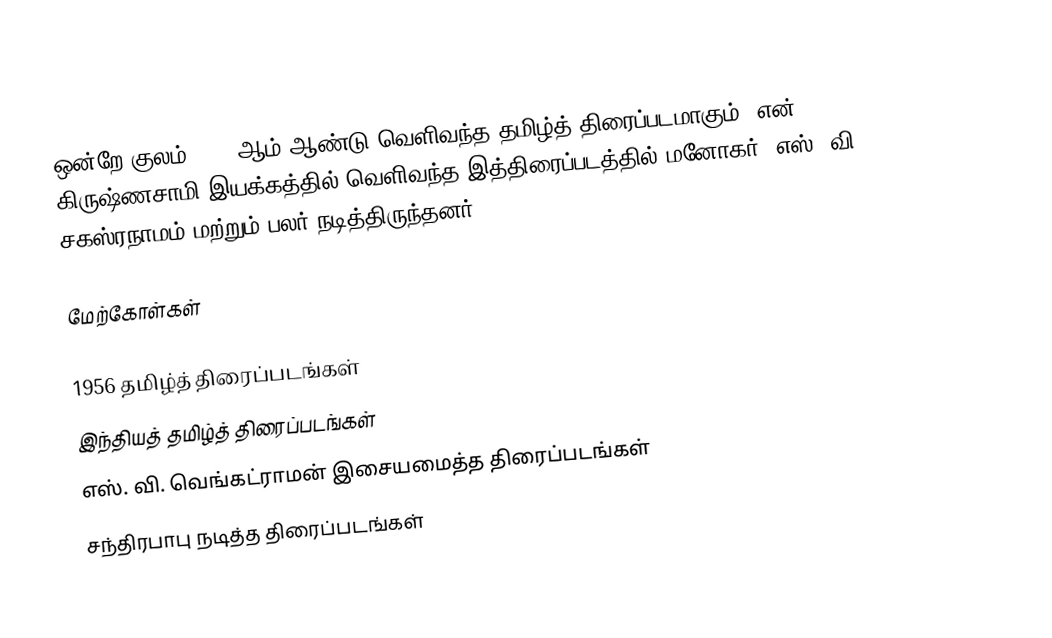
ஒன்றே குலம் 1956 ஆம் ஆண்டு வெளிவந்த தமிழ்த் திரைப்படமாகும். என். கிருஷ்ணசாமி இயக்கத்தில் வெளிவந்த இத்திரைப்படத்தில் மனோகர், எஸ். வி. சகஸ்ரநாமம் மற்றும் பலர் நடித்திருந்தனர்.

மேற்கோள்கள்

1956 தமிழ்த் திரைப்படங்கள்
இந்தியத் தமிழ்த் திரைப்படங்கள்
எஸ். வி. வெங்கட்ராமன் இசையமைத்த திரைப்படங்கள்
சந்திரபாபு நடித்த திரைப்படங்கள்